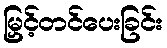
မြှင့်တင်ပေးခြင်း